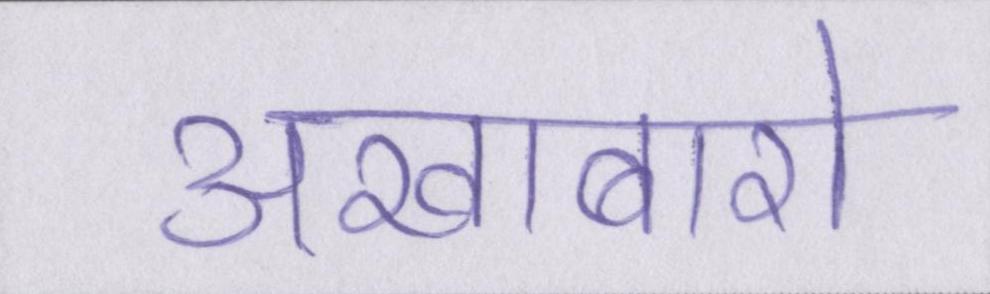
अखाबारो